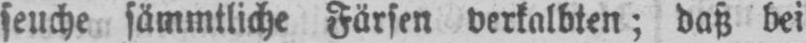
seuche sämmtliche Färsen verkalbten; daß bei